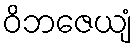
ဝိဘဇေယျံ